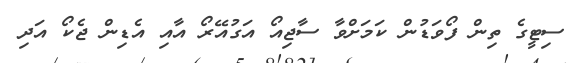
ސިޓީގެ ތިން ފޯވަޑުން ކަމަށްވާ ސާޖިއޯ އަގުއޭރޯ އާއި އެޑިން ޖެކޯ އަދި